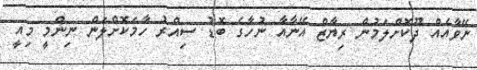
ނޭވާއެއް ދޫކޮށްލަމުން ރިޔާޒް އޭނާއާ ނުހާގެ ބޮޑު ސިއްރު ހާމަކޮށްލަން ނިންމީ މިއީ